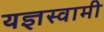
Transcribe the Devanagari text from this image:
यज्ञस्वामी